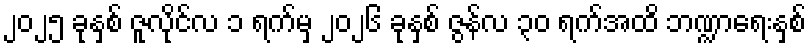
၂၀၂၅ ခုနှစ် ဇူလိုင်လ ၁ ရက်မှ ၂၀၂၆ ခုနှစ် ဇွန်လ ၃၀ ရက်အထိ ဘဏ္ဍာရေးနှစ်